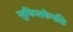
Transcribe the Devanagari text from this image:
सुकिसकेपछि